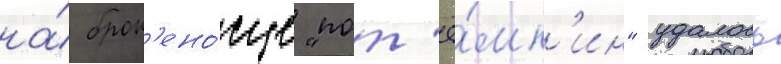
на́ брон'ено́сце "пот'ё́мк'ин" удалось